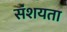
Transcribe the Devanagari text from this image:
संशयता